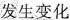
发生变化